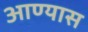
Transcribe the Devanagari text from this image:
आण्यास